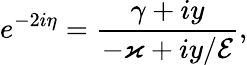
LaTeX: e^{-2i\eta}=\frac{\gamma+iy}{-\varkappa+iy/\mathcal{E}},